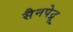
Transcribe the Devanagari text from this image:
सैनपेद्रू